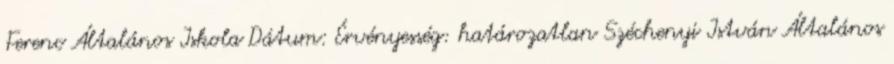
Ferenc Általános Iskola Dátum: Érvényesség: határozatlan Széchenyi István Általános